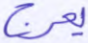
يعرج